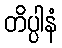
တိပ္ပါနံ